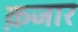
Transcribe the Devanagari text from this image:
क़जार